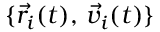
\{ \vec { r } _ { i } ( t ) , \, \vec { v } _ { i } ( t ) \}